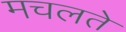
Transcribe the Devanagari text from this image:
मचलते